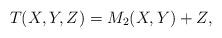
LaTeX: \begin{align*} T(X,Y,Z)=M_2(X,Y)+Z,\end{align*}